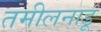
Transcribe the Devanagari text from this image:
तमीलनाडू